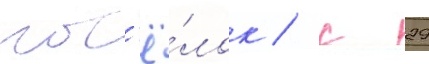
пос'ё́лок / с 29